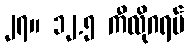
၂၇။ ၁၂.၅ ကီလိုဂရမ်